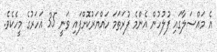
އެ މައްސަލާގައި ފުލުހުން އެންމެ ފުރަތަމަ ހައްޔަރުކޮށްފައި ވަނީ 35 އަހަރުގެ މީހެކެވެ.